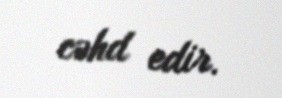
cəhd edir.